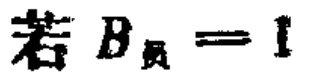
若 \(B_{员}=1\)